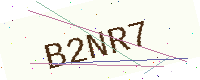
Text: B2NR7